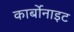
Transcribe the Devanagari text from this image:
कार्बोनाइट